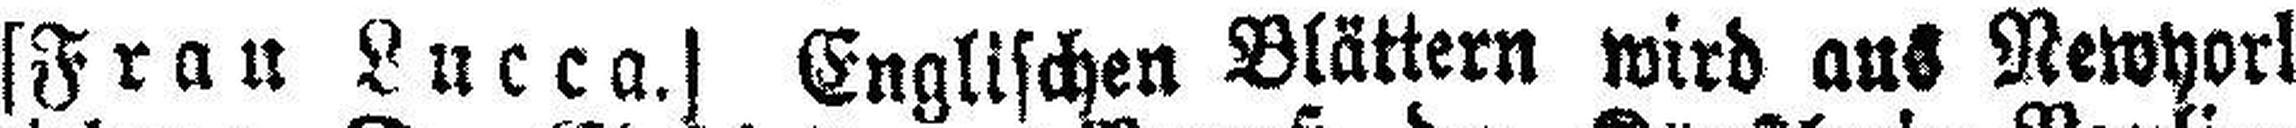
[Frau Lucca.] Englischen Blättern wird aus Newyork